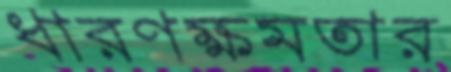
ধারণক্ষমতার